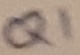
Text: Q1